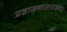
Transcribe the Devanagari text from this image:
प्रशासनासारख्या